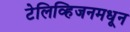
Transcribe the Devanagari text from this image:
टेलिव्हिजनमधून